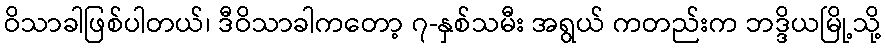
ဝိသာခါဖြစ်ပါတယ်၊ ဒီဝိသာခါကတော့ ၇-နှစ်သမီး အရွယ် ကတည်းက ဘဒ္ဒိယမြို့သို့